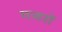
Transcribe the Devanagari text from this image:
गजरों